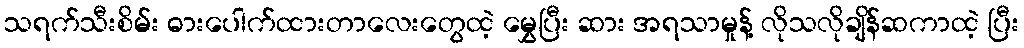
သရက်သီးစိမ်း ဓားပေါက်ထားတာလေးတွေထဲ့ မွှေပြီး ဆား အရသာမှုန့် လိုသလိုချိန်ဆကာထဲ့ ပြီး